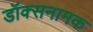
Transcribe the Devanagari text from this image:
डॉक्सनामक